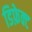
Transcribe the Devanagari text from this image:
डिफ़ेक्ट